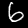
Label: 6